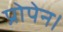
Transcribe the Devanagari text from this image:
प्रोपेन।